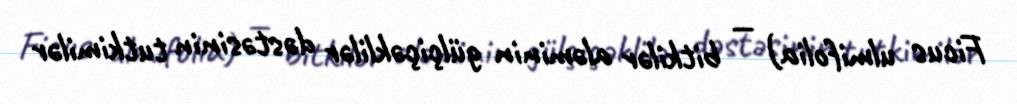
Ficus ulmifolia) — bitkilər aləminin gülçiçəklilər dəstəsinin tutkimilər